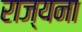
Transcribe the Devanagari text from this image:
राज्यना